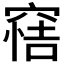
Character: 𥦿